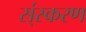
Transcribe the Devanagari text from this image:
स्ंस्करण